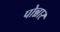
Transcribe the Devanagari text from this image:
पोन्नार